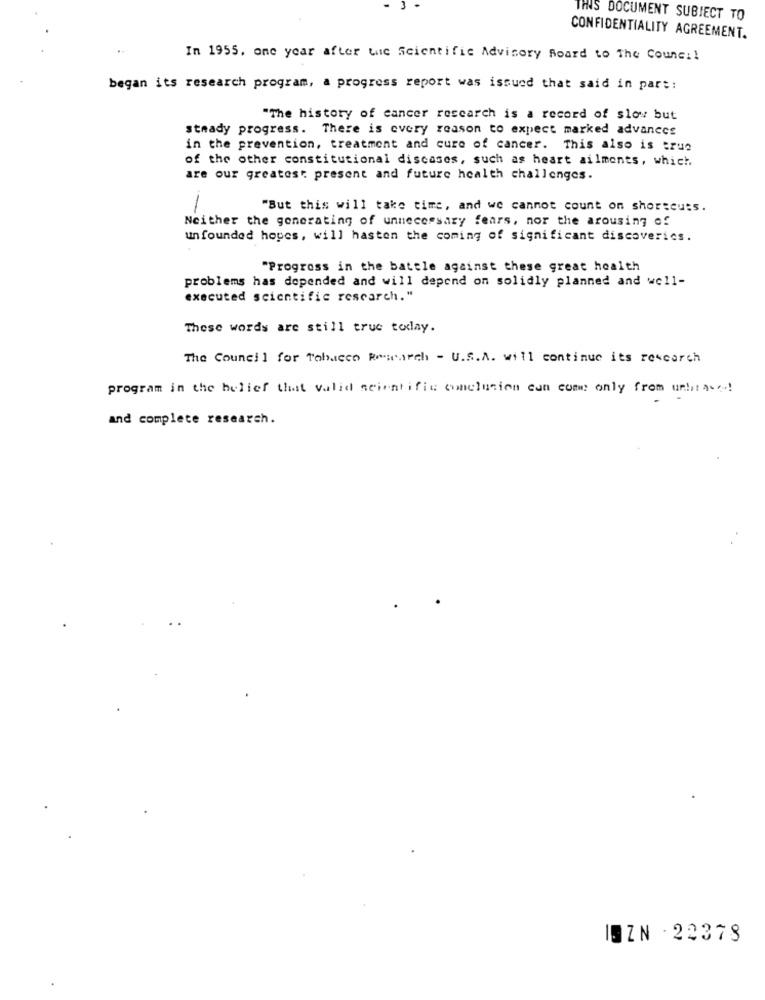
THIS DOCUMENT SUBJECT TO
CONFIDENTIALITY AGREEMENT.
In 1955. one year after the Scientific Advisory Board to The Council
began its research program, a progress report was issued that said in part:
"The history of cancer research is a record of slov but
steady progress. There is every reason to expect marked advances
in the prevention, treatment and cure of cancer. This also is true
of the other constitutional discases, such as heart ailments, which
are our greatest present and future health challenges.
1
"But this will take time, and we cannot count on shortcuts.
Neither the generating of unnecessary fears, nor the arousing of
un founded hopes, will hasten the coming of significant discoverics.
"Progross in the battle against these great health
problems has depended and will depend on solidly planned and well-
executed scientific research."
These words are still true today.
The Council for Tobacco Research - U.S.A. will continue its research
program in the belief that valid scientific conclusion can com: only from unbiased
and complete research.
IOZN 22378